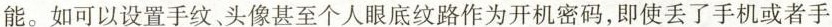
能。如可以设置手纹、头像甚至个人眼底纹路作为开机密码，即使丢了手机或者手